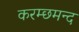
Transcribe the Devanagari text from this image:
करम्छमन्द